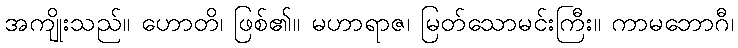
အကျိုးသည်။ ဟောတိ၊ ဖြစ်၏။ မဟာရာဇ၊ မြတ်သောမင်းကြီး။ ကာမဘောဂီ၊